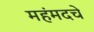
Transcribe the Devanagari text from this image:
महंमदचे